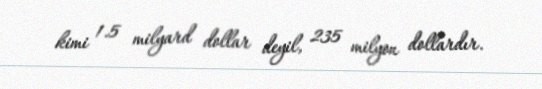
kimi 1.5 milyard dollar deyil, 235 milyon dollardır.